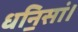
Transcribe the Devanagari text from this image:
धनि॒सां।